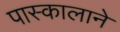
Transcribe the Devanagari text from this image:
पास्कालाने